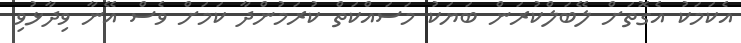
އެކަމަކު އެގޮތަށް ލޭބަލްކުރަން ބަޔަކު މަސައްކަތް ކުރަމުންދާ ކަމަށް ވެސް އޭނާ ވިދާޅުވި